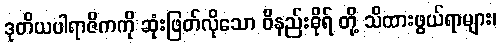
ဒုတိယပါရာဇိကကို ဆုံးဖြတ်လိုသော ဝိနည်းဓိုရ် တို့ သိထားဖွယ်ရာများ၊